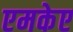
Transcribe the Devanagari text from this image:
एमकेए